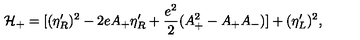
{ \cal H } _ { + } = [ ( \eta _ { R } ^ { \prime } ) ^ { 2 } - 2 e A _ { + } \eta _ { R } ^ { \prime } + { \frac { e ^ { 2 } } { 2 } } ( A _ { + } ^ { 2 } - A _ { + } A _ { - } ) ] + ( \eta _ { L } ^ { \prime } ) ^ { 2 } ,